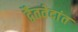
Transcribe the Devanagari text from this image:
द्वैतवेदांत